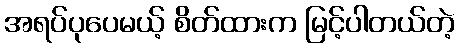
အရပ်ပုပေမယ့် စိတ်ထားက မြင့်ပါတယ်တဲ့